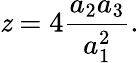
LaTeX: \mathit{z}=4\frac{{a_{2}a_{3}}}{{a_{1}^{2}}}.